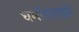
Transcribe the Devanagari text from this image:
धर्मांतराद्वारे